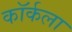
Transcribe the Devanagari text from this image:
कॉर्कला